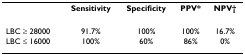
|  | Sensitivity | Specificity | PPV* | NPV† |
 | --- | --- | --- | --- | --- |
 | LBC ≥ 28000 | 91.7% | 100% | 100% | 16.7% |
 | LBC ≤ 16000 | 100% | 60% | 86% | 0% |